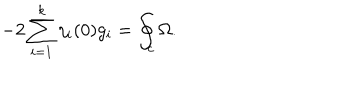
LaTeX: - 2 \sum _ { i = 1 } ^ { k } \eta _ { i } ( 0 ) g _ { i } = \oint _ { c } \Omega .